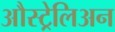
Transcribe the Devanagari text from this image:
औस्ट्रेलिअन